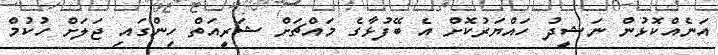
އަނެއްކޮޅުން ނަޝީދު ހައްޔަރުކޮށް އެ ބޭފުޅާގެ މައްޗަށް ޝަރީއަތް ހިންގައި ޖަލަށް ހުކުމް